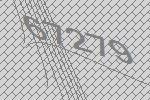
67279